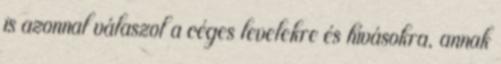
is azonnal válaszol a céges levelekre és hívásokra, annak